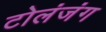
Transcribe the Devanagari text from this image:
टोलंजंग